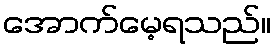
အောက်မေ့ရသည်။